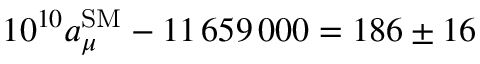
1 0 ^ { 1 0 } a _ { \mu } ^ { \mathrm { S M } } - 1 1 \, 6 5 9 \, 0 0 0 = 1 8 6 \pm 1 6